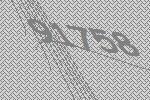
91758